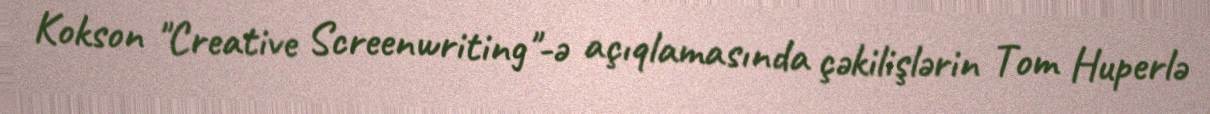
Kokson "Creative Screenwriting"-ə açıqlamasında çəkilişlərin Tom Huperlə